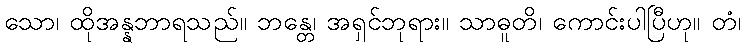
သော၊ ထိုအန္နဘာရသည်။ ဘန္တေ၊ အရှင်ဘုရား။ သာဓူတိ၊ ကောင်းပါပြီဟု။ တံ၊